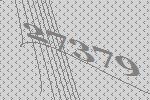
27379